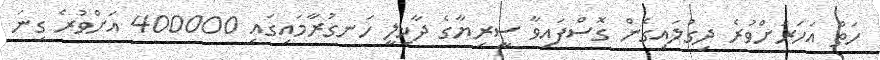
ހަތް އަހަރަށްވުރެ ދިގުލައިގެން ގޮސްފައިވާ ސީރިޔާގެ ދާޚިލީ ހަނގުރާމައިގައި 400000 އަށްވުރެ ގިނަ